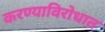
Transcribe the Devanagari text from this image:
करण्याविरोधात